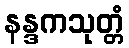
နန္ဒကသုတ္တံ